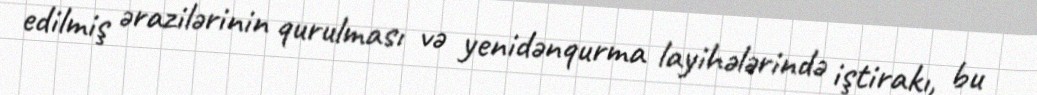
edilmiş ərazilərinin qurulması və yenidənqurma layihələrində iştirakı, bu